Reports on dispensaries and lunatic asylums in the Province of Oudh - 1869-1876
Year: 1869
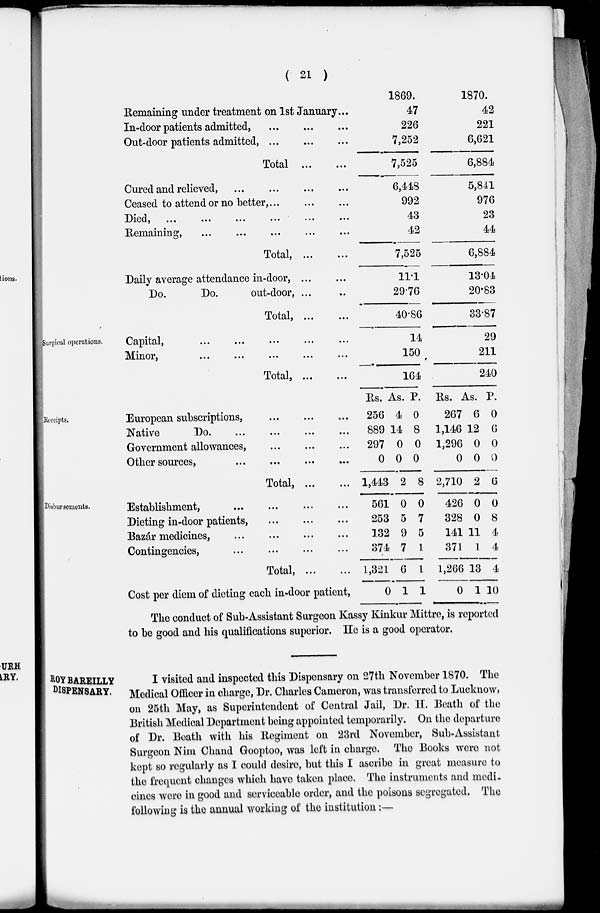
( 21 )
Remaining under treatment on 1st January...
In-door patients admitted, ... ... ...
Out-door patients admitted,
...
...
...
Total
...
...
Cured and relieved, ...
...
...
...
Ceased to attend or no better, ... ... ...
Died,
...
...
...
...
...
...
Remaining, ... ... ... ... ... ...
Total,
...
...
Daily average attendance in-door, ... ...
Do.
Do.
out-door, ... ...
Total,
...
...
1869.
47
226
7,252
7,525
6,448
992
43
42
7,525
11.1
29.76
40.86
1870.
42
221
6,621
6,884
5,841
976
23
44
6,884
13.04
20.83
33.87
Surgical operations.
Capital,
...
...
...
...
...
Minor,
...
...
...
...
...
Total,
...
...
14
150
164
29
211
240
Receipts.
European subscriptions, ... ... ...
Native
Do. ... ... ... ...
Government allowances, ... ... ...
Other sources,
...
...
...
...
Total, ...
...
Rs.
256
889
297
0
1,443
As.
4
14
0
0
2
P.
0
8
0
0
8
Rs.
267
1,146
1,296
0
2,710
As.
6
12
0
0
2
P.
0
6
0
0
6
Disbursements.
Establishment, ... ... ... ...
Dieting in-door patients, ... ... ...
Bazár medicines,
... ... ... ...
Contingencies, ... ... ... ...
Total,
...
...
Cost per diem of dieting each in-door patient,
561
253
132
374
1,321
0
0
5
9
7
6
1
0
7
5
1
1
1
426
328
141
371
1,266
0
0
0
11
1
13
1
0
8
4
4
4
10
The conduct of Sub-Assistant Surgeon Kassy Kinkur Mittre, is reported
to be good and his qualifications superior. He is a good operator.
ROY BAREILLY
DISPENSARY.
I visited and inspected this Dispensary on 27th November 1870. The
Medical Officer in charge, Dr. Charles Cameron, was transferred to Lucknow,
on 25th May, as Superintendent of Central Jail, Dr. H. Beath of the
British Medical Department being appointed temporarily. On the departure
of Dr. Beath with his Regiment on 23rd November, Sub-Assistant
Surgeon Nim Chand Gooptoo, was left in charge. The Books were not
kept so regularly as I could desire, but this I ascribe in great measure to
the frequent changes which have taken place. The instruments and medi-
cines were in good and serviceable order, and the poisons segregated. The
following is the annual working of the institution:—